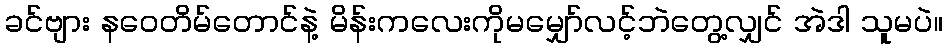
ခင်ဗျား နဝေတိမ်တောင်နဲ့ မိန်းကလေးကိုမမျှော်လင့်ဘဲတွေ့လျှင် အဲဒါ သူမပဲ။